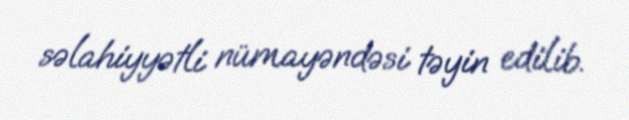
səlahiyyətli nümayəndəsi təyin edilib.